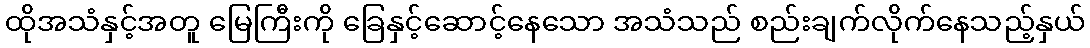
ထိုအသံနှင့်အတူ မြေကြီးကို ခြေနှင့်ဆောင့်နေသော အသံသည် စည်းချက်လိုက်နေသည့်နှယ်